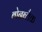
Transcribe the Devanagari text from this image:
बोनब्लैक